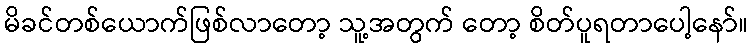
မိခင်တစ်ယောက်ဖြစ်လာတော့ သူ့အတွက် တော့ စိတ်ပူရတာပေါ့နော်။